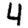
Digit: 4